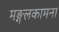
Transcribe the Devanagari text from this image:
मङ्गलकामना